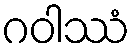
ဂဝါဿံ